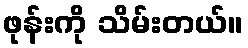
ဖုန်းကို သိမ်းတယ်။